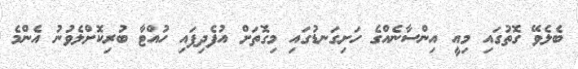
ބެލެވޭ ގޮތުގައި މިއީ އިންސާނެއްގެ ހަށިގަނޑުގައި މިގޮތަށް އުފެދިފައި ހުއްޓާ ބުރިކޮށްލެވުނު އެންމެ